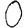
Digit: 0